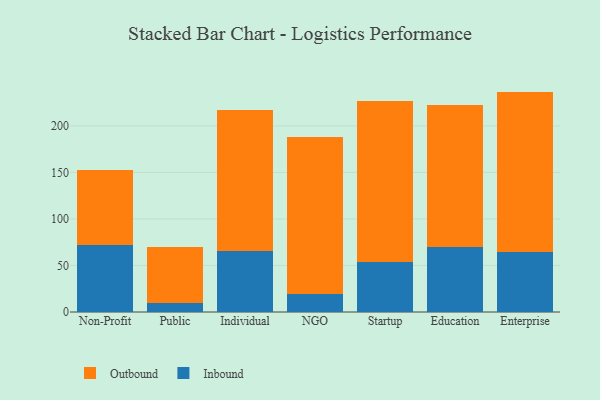
{"axis": {"x": "Segment", "y": "Humidity (%)"}, "legend": ["Inbound", "Outbound"], "data": [{"x": "Non-Profit", "y": 72.5, "type": "Inbound"}, {"x": "Non-Profit", "y": 80.2, "type": "Outbound"}, {"x": "Public", "y": 9.3, "type": "Inbound"}, {"x": "Public", "y": 60.6, "type": "Outbound"}, {"x": "Individual", "y": 65.4, "type": "Inbound"}, {"x": "Individual", "y": 151.6, "type": "Outbound"}, {"x": "NGO", "y": 19.4, "type": "Inbound"}, {"x": "NGO", "y": 168.8, "type": "Outbound"}, {"x": "Startup", "y": 54.2, "type": "Inbound"}, {"x": "Startup", "y": 172.3, "type": "Outbound"}, {"x": "Education", "y": 69.7, "type": "Inbound"}, {"x": "Education", "y": 152.7, "type": "Outbound"}, {"x": "Enterprise", "y": 64.1, "type": "Inbound"}, {"x": "Enterprise", "y": 172.7, "type": "Outbound"}]}